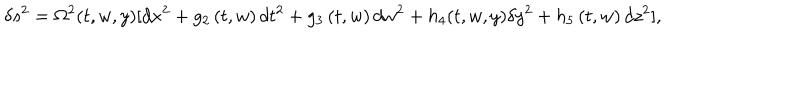
LaTeX: \delta s ^ { 2 } = \Omega ^ { 2 } ( t , w , y ) [ d x ^ { 2 } + g _ { 2 } \left( t , w \right) d t ^ { 2 } + g _ { 3 } \left( t , w \right) d w ^ { 2 } + h _ { 4 } ( t , w , y ) \delta y ^ { 2 } + h _ { 5 } \left( t , w \right) d z ^ { 2 } ] ,